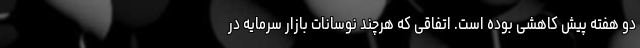
دو هفته پیش کاهشی بوده است. اتفاقی که هرچند نوسانات بازار سرمایه در